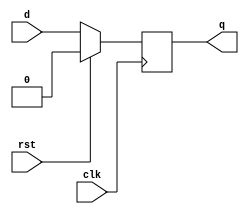
`timescale 1ns/1ns
module DFFWRwAlways(input d, rst, clk, output reg q);
	always@(negedge clk) begin
		if(rst)
			#30 q <= 1'b0;
		else
			#30 q <= d;
	end
endmodule